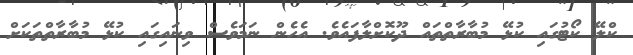
ކްލޭ ކޯޓުގައި ކުޅޭ މުބާރާތްތައް ދޫކޮށްލާފައެވެ. އެހެން ނަމަވެސް ވިނައިގައި ކުޅޭ މުބާރާތްތަކަށް